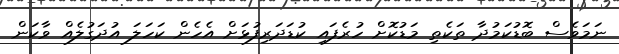
ނަމަވެސް ބޮޑުކަމުދާ ތަކެތި މަޑުކޮށް ހުރެފައި ކުޑަދަރިފުޅަށް އެހެން ކަހަލަ އުދަގުލެއް ވާކަން